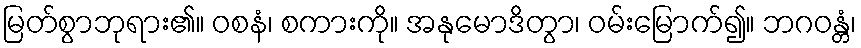
မြတ်စွာဘုရား၏။ ဝစနံ၊ စကားကို။ အနုမောဒိတွာ၊ ဝမ်းမြောက်၍။ ဘဂဝန္တံ၊